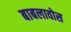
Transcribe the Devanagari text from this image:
बाबलावोस